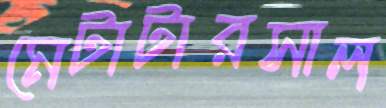
মেটাটারসাল